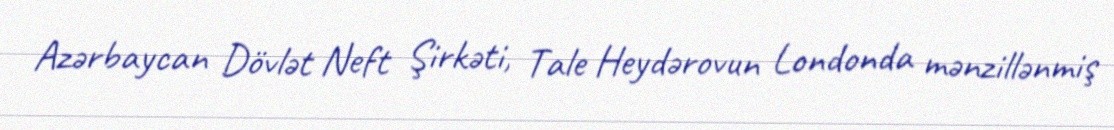
Azərbaycan Dövlət Neft Şirkəti, Tale Heydərovun Londonda mənzillənmiş